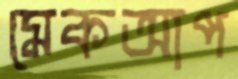
মেকআপ